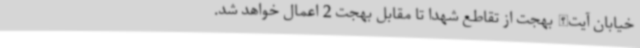
خیابان آیت‌الله بهجت از تقاطع شهدا تا مقابل بهجت 2 اعمال خواهد شد.